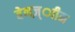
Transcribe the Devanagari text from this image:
बेनज़्ाीन